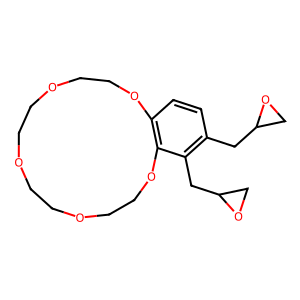
SMILES: c1cc2c(c(CC3CO3)c1CC1CO1)OCCOCCOCCOCCO2
Inhibits HIV replication: No